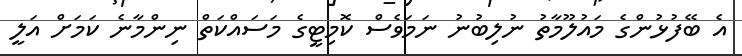
އެ ބޭފުޅުންގެ މައުލޫމާތު ނުލިބުނު ނަމަވެސް ކޮމިޓީގެ މަސައްކަތް ނިންމާނެ ކަމަށް އަލީ